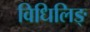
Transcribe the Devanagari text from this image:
विधिलिङ्